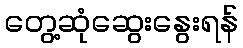
တွေ့ဆုံဆွေးနွေးရန်